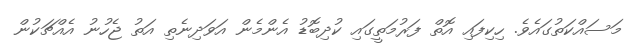
މަސައްކަތުގައެވެ. ހިކިފައި އޮތް ފަރުމަތީގައި ކުދިބޮޑު އެންމެން އަވަދިނެތި އަތު ޖެހުނު އެއްޗަކުން